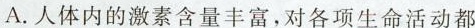
A.人体内的激素含量丰富，对各项生命活动都